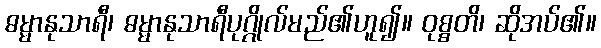
ဓမ္မာနုသာရီ၊ ဓမ္မာနုသာရီပုဂ္ဂိုလ်မည်၏ဟူ၍။ ဝုစ္စတိ၊ ဆိုအပ်၏။